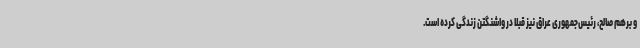
و برهم صالح، رئیس‌جمهوری عراق نیز قبلا در واشنگتن زندگی کرده است.